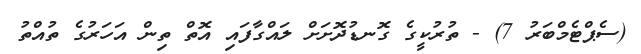
(ސެޕްޓެމްބަރު 7) - ތުރުކީގެ ގޮނޑުދޮށަށް ލައްގާފައި އޮތް ތިން އަހަރުގެ ތުއްތު